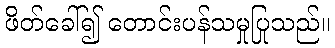
ဖိတ်ခေါ်၍ တောင်းပန်သမှုပြုသည်။